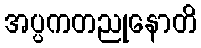
အပ္ပကတညုနောတိ